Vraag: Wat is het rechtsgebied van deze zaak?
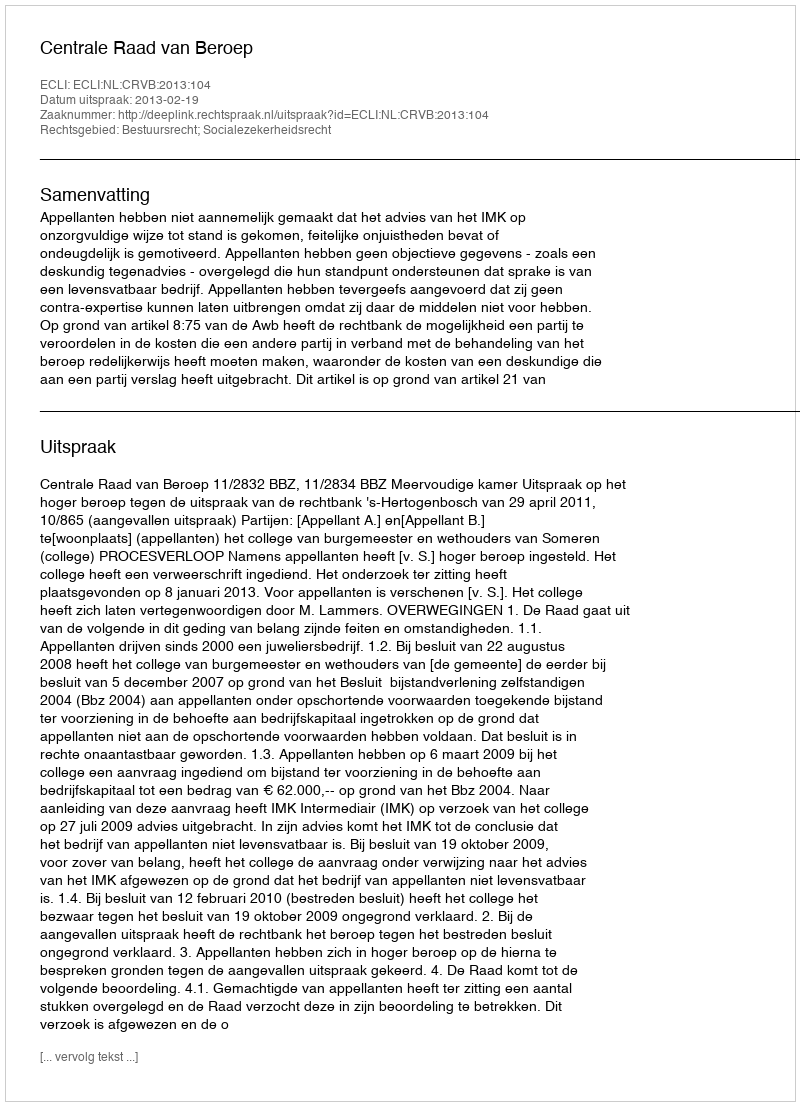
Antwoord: Bestuursrecht; Socialezekerheidsrecht